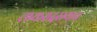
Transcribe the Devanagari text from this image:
लष्करादरम्यान